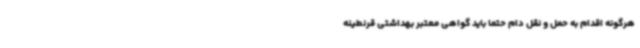
هرگونه اقدام به حمل و نقل دام حتما باید گواهی معتبر بهداشتی قرنطینه